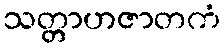
သတ္တာဟဇာတကံ